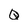
Character: Q